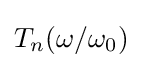
T_{n}(\omega /\omega _{0})